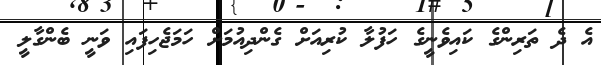
އެ ދެ ތަރިންގެ ކައިވެނީގެ ހަފުލާ ކުރިއަށް ގެންދިއުމަށް ހަމަޖެހިފައި ވަނީ ބެންގާލީ